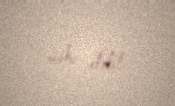
məhv etdi!.